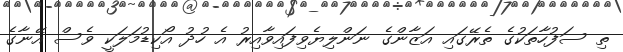
ތި ސަފުހާތަކުގެ ތެރޭގައި އަޒާންގެ ނަންލިޔެވިފައިވާއިރު އެ ހުދު އޯކިޑުމަލަކީ ވެސް އޭނާގެ